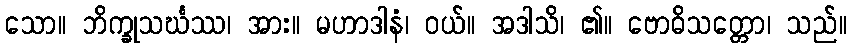
သော။ ဘိက္ခုသင်္ဃဿ၊ အား။ မဟာဒါနံ၊ ဝယ်။ အဒါသိ၊ ၏။ ဗောဓိသတ္တော၊ သည်။